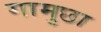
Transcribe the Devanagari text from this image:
गामुछा